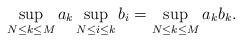
LaTeX: \begin{align*} \sup_{N \leq k \leq M} a_k \sup_{N \leq i \leq k} b_i = \sup_{N \leq k \leq M} a_k b_k.\end{align*}